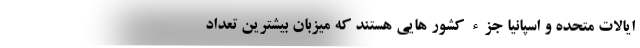
ایالات متحده و اسپانیا جزء کشور هایی هستند که میزبان بیشترین تعداد